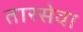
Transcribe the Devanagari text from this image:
तारसेवा